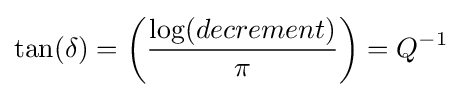
\tan(\delta )=\left({\frac {\log(decrement)}{\pi }}\right)=Q^{-1}